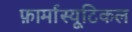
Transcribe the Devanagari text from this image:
फ़ार्मास्यूटिकल